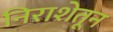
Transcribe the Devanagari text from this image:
निराशेतून